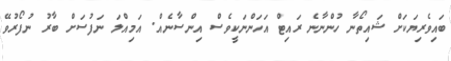
ބައިވެރިޔަކަށް ޝައިތޯނާ ހުންނާނެ ރައިޓް އަހަންނަކީވެސް އިންސާނެއް. އަމިއްލަ ނަފުސަށް ބާރު ނުފޯރުވޭ